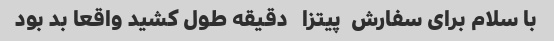
با سلام برای سفارش  پیتزا   دقیقه طول کشید واقعا بد بود